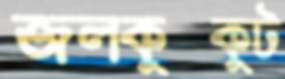
জলকুক্কুট